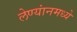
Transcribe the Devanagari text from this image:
लेण्यांनमध्ये